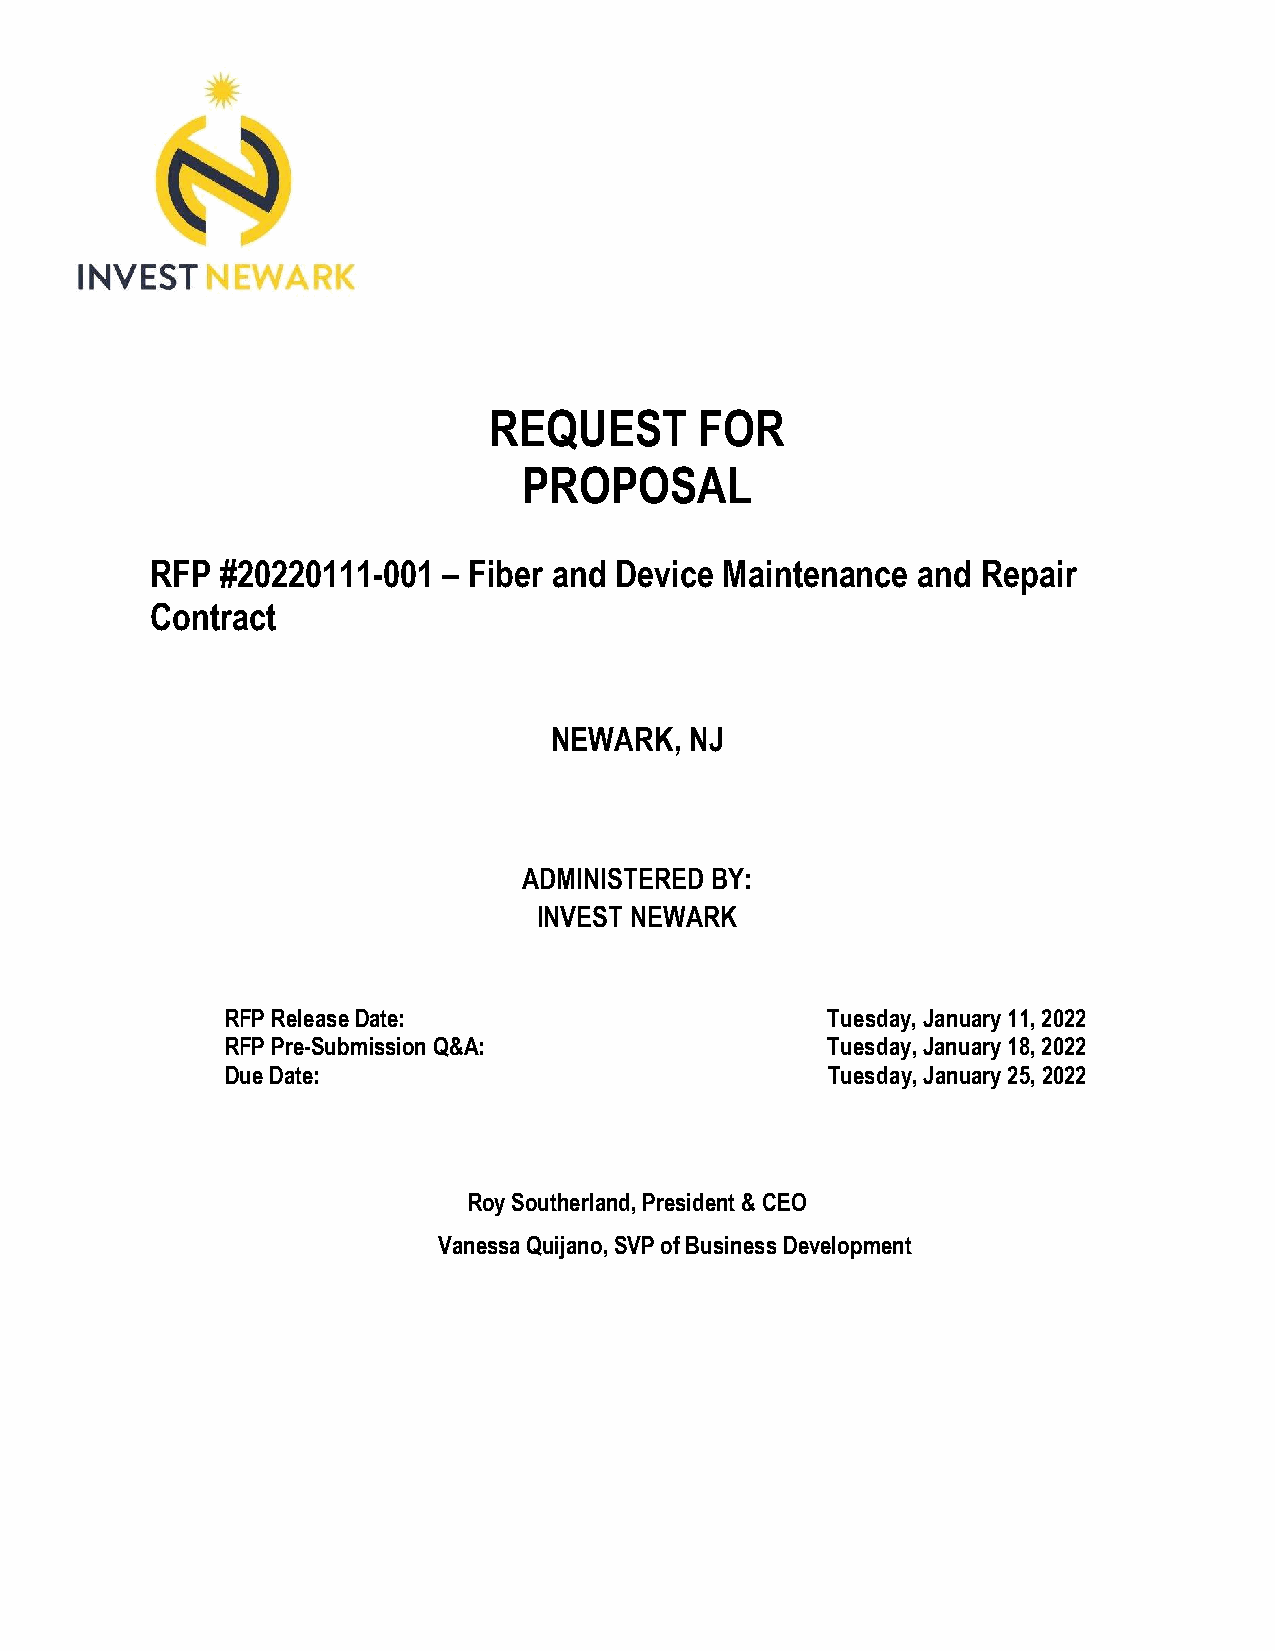
REQUEST       FOR
 PROPOSAL
 RFP  #20220111-001 – Fiber and Device Maintenance  and Repair
 Contract
 NEWARK,   NJ
 ADMINISTERED BY:
 INVEST NEWARK
 RFP Release Date:                       Tuesday, January 11, 2022
 RFP Pre-Submission Q&A:                 Tuesday, January 18, 2022
 Due Date:                               Tuesday, January 25, 2022
 Roy Southerland, President & CEO
 Vanessa Quijano, SVP of Business Development